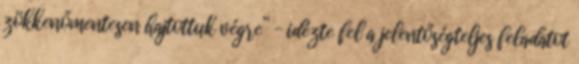
zökkenőmentesen hajtottuk végre” – idézte fel a jelentőségteljes feladatot